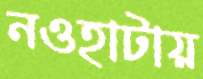
নওহাটায়